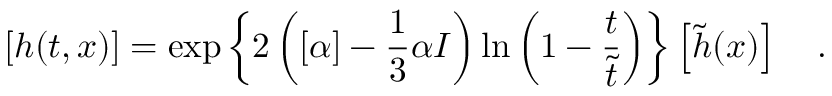
\left[ h ( t , x ) \right] = \exp \left\{ 2 \left( [ \alpha ] - \frac { 1 } { 3 } \alpha I \right) \ln \left( 1 - \frac { t } { \tilde { t } } \right) \right\} \left[ \tilde { h } ( x ) \right] ~ ~ ~ .